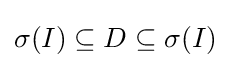
\sigma (I)\subseteq D\subseteq \sigma (I)